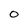
Character: 0